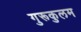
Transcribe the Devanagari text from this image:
गुरूकुलम